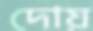
দোয়